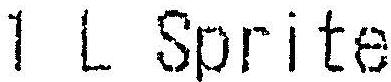
1 L SPRITE